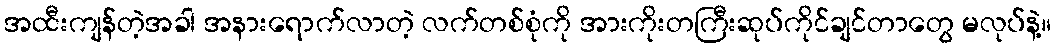
အထီးကျန်တဲ့အခါ အနားရောက်လာတဲ့ လက်တစ်စုံကို အားကိုးတကြီးဆုပ်ကိုင်ချင်တာတွေ မလုပ်နဲ့။